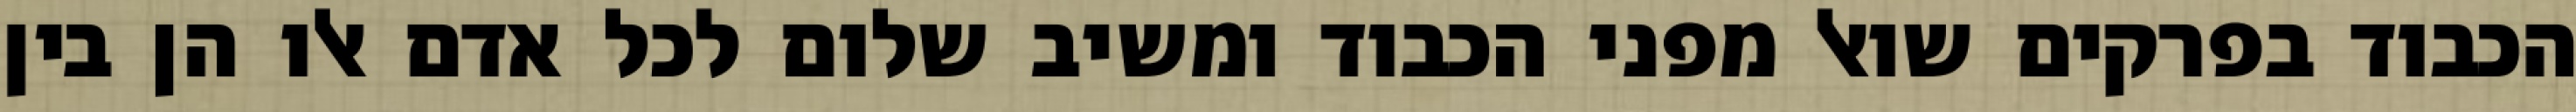
הכבוד בפרקים שואל מפני הכבוד ומשיב שלום לכל אדם אלו הן בין